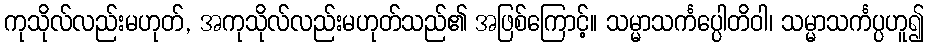
ကုသိုလ်လည်းမဟုတ်, အကုသိုလ်လည်းမဟုတ်သည်၏ အဖြစ်ကြောင့်။ သမ္မာသင်္ကပ္ပေါတိဝါ၊ သမ္မာသင်္ကပ္ပဟူ၍